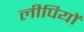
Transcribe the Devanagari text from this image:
लीपियों